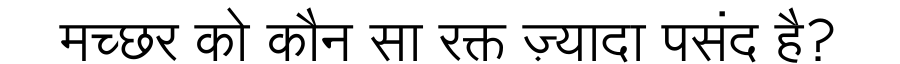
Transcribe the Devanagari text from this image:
मच्छर को कौन सा रक्त ज़्यादा पसंद है?